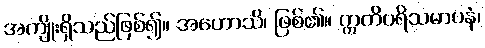
အကျိုးရှိသည်ဖြစ်၍။ အဟောသိ၊ ဖြစ်၏။ ဣတိပရိသမာပနံ၊